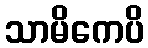
သာမိကေပိ